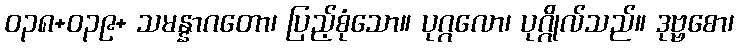
ဝ၃၈+၀၃၉+ သမန္နာဂတော၊ ပြည့်စုံသော။ ပုဂ္ဂလော၊ ပုဂ္ဂိုလ်သည်။ ဒုဗ္ဗစော၊